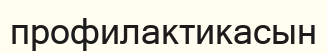
профилактикасын